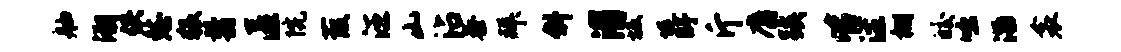
舳溯佚愁猥翦匿院葭汪山沾泰拜斜渭坂堤盱斤麝蹊皆注棚皎咄淄衾